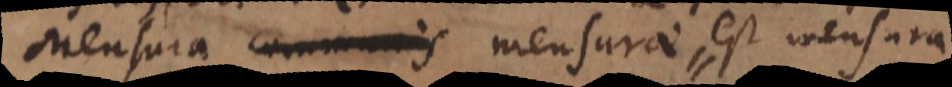
Mensura communis residui et mensurae